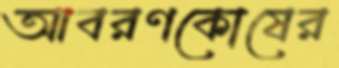
আবরণকোষের